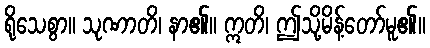
ရိုသေစွာ။ သုဏာတိ၊ နာ၏။ ဣတိ၊ ဤသို့မိန့်တော်မူ၏။